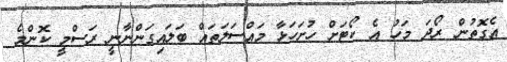
އެގޮތުން ރޯދަ މަހު އެ ކޯޓަށް ހުށަހަޅާ މައްސަލަތައް ބަލައިގަންނާނީ ރަސްމީ ކޮންމެ